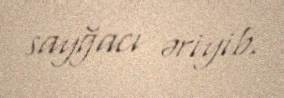
sayğacı əriyib.